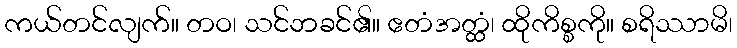
ကယ်တင်လျက်။ တဝ၊ သင်ဘခင်၏။ ဧတံအတ္ထံ၊ ထိုကိစ္စကို။ စရိဿာမိ၊